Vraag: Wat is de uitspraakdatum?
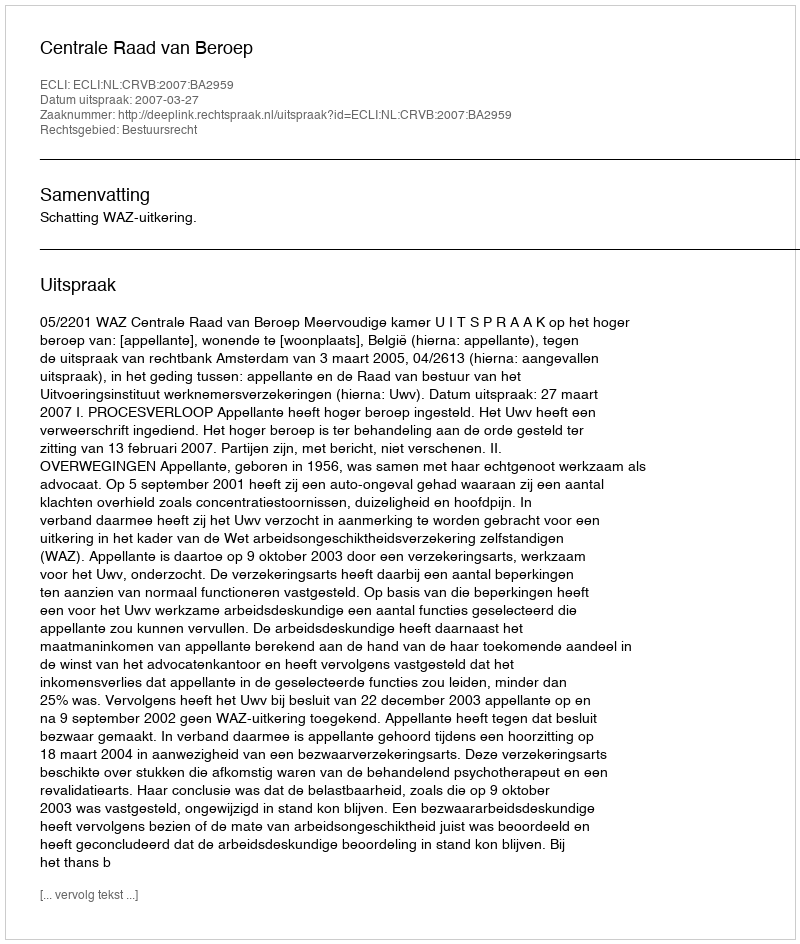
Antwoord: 2007-03-27